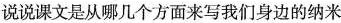
说说课文是从哪几个方面来写我们身边的纳米